Mental hospitals Bombay report 1921-28 - 1921-1928
Year: 1921
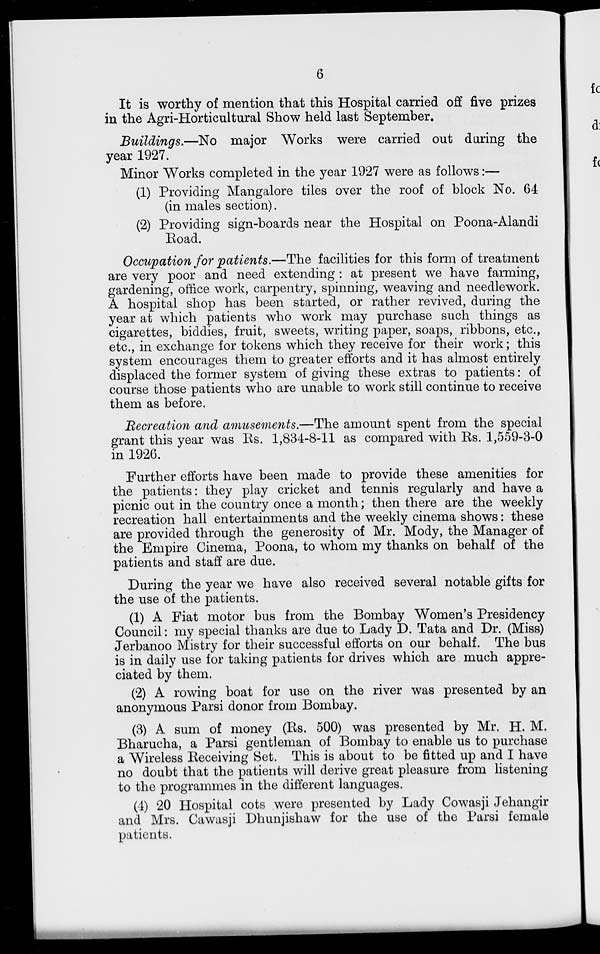
6
It is worthy of mention that this Hospital carried off five prizes
in the Agri-Horticultural Show held last September.
Buildings.—No
major Works were carried out during the
year 1927.
Minor Works completed in the year 1927 were as follows :—
(1) Providing Mangalore tiles over the roof of block No. 64
(in males section).
(2) Providing sign-boards near the Hospital on Poona-Alandi
Road.
Occupation for patients.—The facilities for this form of treatment
are very poor and need extending : at present we have farming,
gardening, office work, carpentry, spinning, weaving and needlework.
A hospital shop has been started, or rather revived, during the
year at which patients who work may purchase such things as
cigarettes, biddies, fruit, sweets, writing paper, soaps, ribbons, etc.,
etc., in exchange for tokens which they receive for their work ; this
system encourages them to greater efforts and it has almost entirely
displaced the former system of giving these extras to patients : of
course those patients who are unable to work still continue to receive
them as before.
Recreation and amusements.—The amount spent from the special
grant this year was Rs. 1,834-8-11 as compared with Rs. 1,559-3-0
in 1926.
Further efforts have been made to provide these amenities for
the patients : they play cricket and tennis regularly and have a
picnic out in the country once a month ; then there are the weekly
recreation hall entertainments and the weekly cinema shows : these
are provided through the generosity of Mr. Mody, the Manager of
the Empire Cinema, Poona, to whom my thanks on behalf of the
patients and staff are due.
During the year we have also received several notable gifts for
the use of the patients.
(1) A Fiat motor bus from the Bombay Women's Presidency
Council : my special thanks are due to Lady D. Tata and Dr. (Miss)
Jerbanoo Mistry for their successful efforts on our behalf. The bus
is in daily use for taking patients for drives which are much appre-
ciated by them.
(2) A rowing boat for use on the river was presented by an
anonymous Parsi donor from Bombay.
(3) A sum of money (Rs. 500) was presented by Mr. H. M.
Bharucha, a Parsi gentleman of Bombay to enable us to purchase
a Wireless Receiving Set. This is about to be fitted up and I have
no doubt that the patients will derive great pleasure from listening
to the programmes in the different languages.
(4) 20 Hospital cots were presented by Lady Cowasji Jehangir
and Mrs. Cawasji Dhunjishaw for the use of the Parsi female
patients.